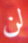
لن